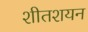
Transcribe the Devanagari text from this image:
शीतशयन